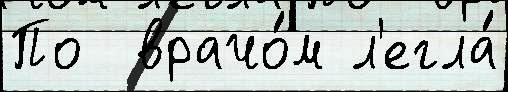
По  врачо́м л'егла́